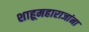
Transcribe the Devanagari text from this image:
शाहूमहाराजांना